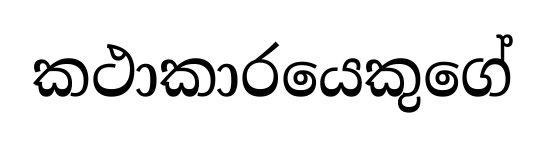
කථාකාරයෙකුගේ